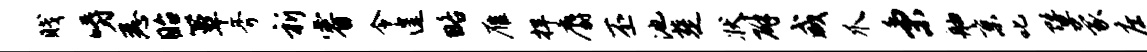
贱嚼悉眙簟斧祈睿令遑略雁捍麝丕池楚状辟咸爪秉舳京叱暨蒙庄柙